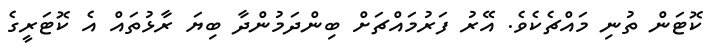
ކޮޓަން ތުނި މައްޗެކެވެ. އޭރު ފަރުމައްޗަށް ބިންދަމުންދާ ބިޔަ ރާޅުތައް އެ ކޮޓަރީގެ